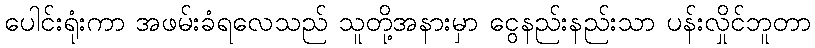
ပေါင်းရုံးကာ အဖမ်းခံရလေသည် သူတို့အနားမှာ ငွေနည်းနည်းသာ ပန်းလှိုင်ဘူတာ